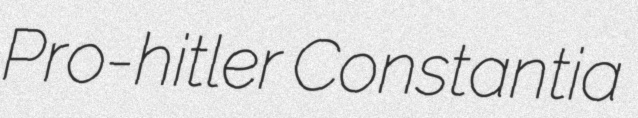
Pro-hitler Constantia